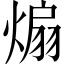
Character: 煽